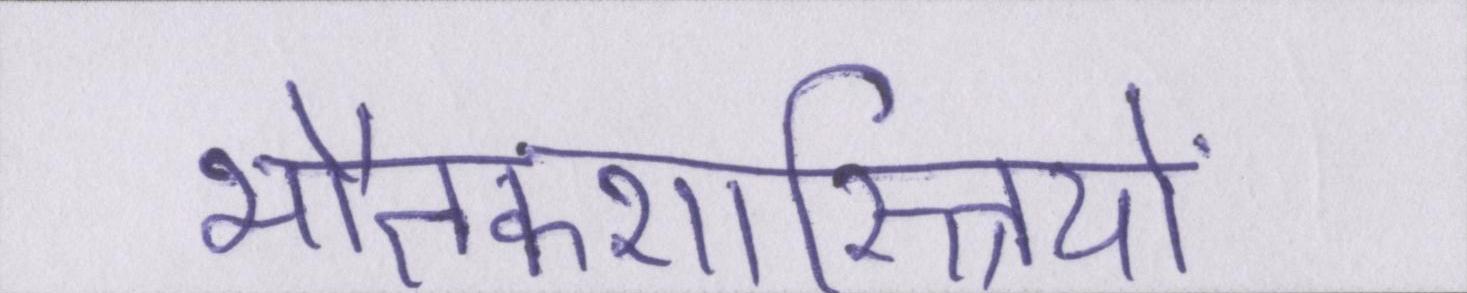
भौतकशास्त्रियों